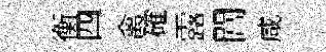
衡四禽確露閶咸